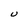
Character: U